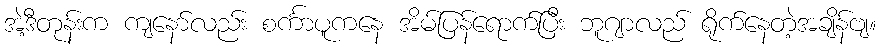
အဲ့ဒီတုန်းက ကျနော်လည်း စင်္ကာပူကနေ အိမ်ပြန်ရောက်ပြီး ဘူဂျာလည် ရိုက်နေတဲ့အချိန်ဗျ။